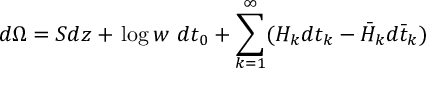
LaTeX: d \Omega = S d z + \, \mathrm { l o g } \, w \ d t _ { 0 } + \sum _ { k = 1 } ^ { \infty } ( H _ { k } d t _ { k } - \bar { H } _ { k } d \bar { t } _ { k } )